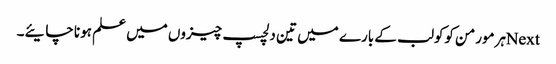
Nextہرمورمن کوکولب کے بارے میں تین دلچسپ چیزوں میں علم ہونا چایئے۔